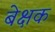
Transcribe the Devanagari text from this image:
बेक्षक